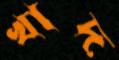
খাদ